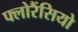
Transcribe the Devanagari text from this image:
फ्लोरैंसियो